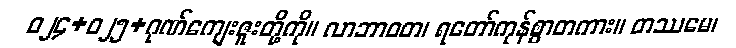
ဝ၂၄+၀၂၅+ဂုဏ်ကျေးဇူးတို့ကို။ လာဘာဝတ၊ ရတော်ကုန်စွာတကား။ တဿမေ၊